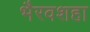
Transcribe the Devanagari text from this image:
भैरवशहा